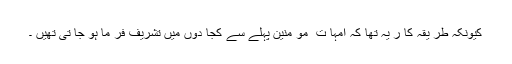
کیونکہ طر یقہ کا ر یہ تھا کہ امہا ت ِ مو منین پہلے سے کجا دوں میں تشریف فر ما ہو جا تی تھیں ۔